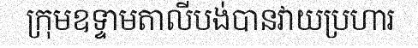
ក្រុមឧទ្ទាមតាលីបង់បានវាយប្រហារ